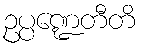
ဥပ္ပဏ္ဍေတီတိ